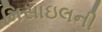
મિસાઇલની